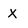
Character: x